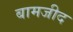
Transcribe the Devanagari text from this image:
बामजीद